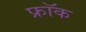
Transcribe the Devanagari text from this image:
फ्राॅक